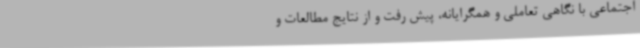
اجتماعی با نگاهی تعاملی و همگرایانه، پیش رفت و از نتایج مطالعات و